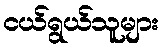
ငယ်ရွယ်သူများ